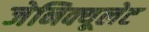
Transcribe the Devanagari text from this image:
जेनिक्यूलेट